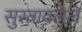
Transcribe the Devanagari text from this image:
सुस्तावलेले